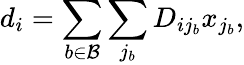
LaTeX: d_{i}=\sum_{b\in\mathcal{B}}\sum_{j_{b}}D_{ij_{b}}x_{j_{b}},